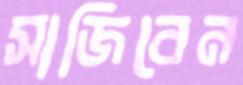
সাজিবেন